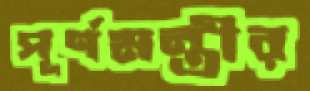
পূর্ণমন্ত্রীর